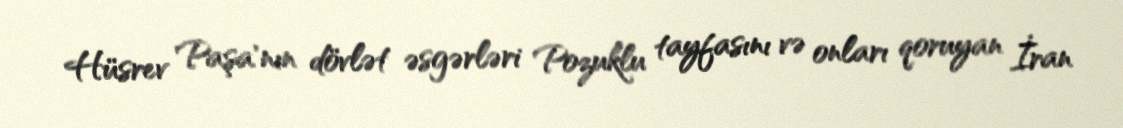
Hüsrev Paşa'nın dövlət əsgərləri Pozuklu tayfasını və onları qoruyan İran